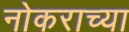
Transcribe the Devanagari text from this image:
नोकराच्या